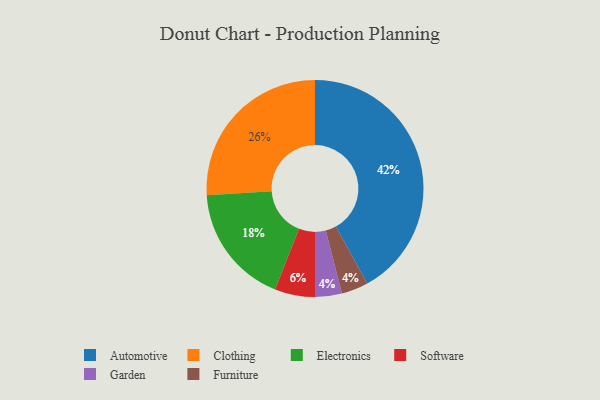
{"axis": {"x": "Category", "y": "Percentage"}, "legend": ["Automotive", "Clothing", "Electronics", "Furniture", "Garden", "Software"], "data": [{"x": "Clothing", "y": 26, "type": "Clothing"}, {"x": "Garden", "y": 4, "type": "Garden"}, {"x": "Automotive", "y": 42, "type": "Automotive"}, {"x": "Software", "y": 6, "type": "Software"}, {"x": "Furniture", "y": 4, "type": "Furniture"}, {"x": "Electronics", "y": 18, "type": "Electronics"}]}